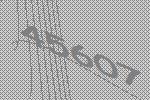
45607